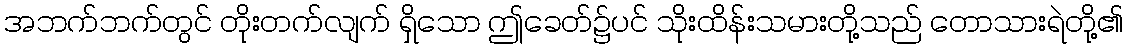
အဘက်ဘက်တွင် တိုးတက်လျက် ရှိသော ဤခေတ်၌ပင် သိုးထိန်းသမားတို့သည် တောသားရဲတို့၏